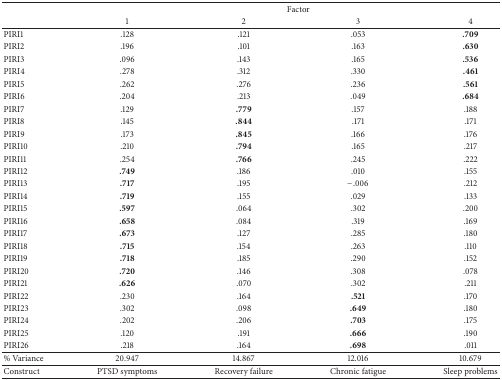
<table><thead><tr><td rowspan="2"><b> </b></td><td colspan="4"><b>Factor</b></td></tr><tr><td><b>1</b></td><td><b>2</b></td><td><b>3</b></td><td><b>4</b></td></tr></thead><tbody><tr><td>PIRI1</td><td>.128</td><td>.121</td><td>.053</td><td><b>.709</b></td></tr><tr><td>PIRI2</td><td>.196</td><td>.101</td><td>.163</td><td><b>.630</b></td></tr><tr><td>PIRI3</td><td>.096</td><td>.143</td><td>.165</td><td><b>.536</b></td></tr><tr><td>PIRI4</td><td>.278</td><td>.312</td><td>.330</td><td><b>.461</b></td></tr><tr><td>PIRI5</td><td>.262</td><td>.276</td><td>.236</td><td><b>.561</b></td></tr><tr><td>PIRI6</td><td>.204</td><td>.213</td><td>.049</td><td><b>.684</b></td></tr><tr><td>PIRI7</td><td>.129</td><td><b>.779</b></td><td>.157</td><td>.188</td></tr><tr><td>PIRI8</td><td>.145</td><td><b>.844</b></td><td>.171</td><td>.171</td></tr><tr><td>PIRI9</td><td>.173</td><td><b>.845</b></td><td>.166</td><td>.176</td></tr><tr><td>PIRI10</td><td>.210</td><td><b>.794</b></td><td>.165</td><td>.217</td></tr><tr><td>PIRI11</td><td>.254</td><td><b>.766</b></td><td>.245</td><td>.222</td></tr><tr><td>PIRI12</td><td><b>.749</b></td><td>.186</td><td>.010</td><td>.155</td></tr><tr><td>PIRI13</td><td><b>.717</b></td><td>.195</td><td>−.006</td><td>.212</td></tr><tr><td>PIRI14</td><td><b>.719</b></td><td>.155</td><td>.029</td><td>.133</td></tr><tr><td>PIRI15</td><td><b>.597</b></td><td>.064</td><td>.302</td><td>.200</td></tr><tr><td>PIRI16</td><td><b>.658</b></td><td>.084</td><td>.319</td><td>.169</td></tr><tr><td>PIRI17</td><td><b>.673</b></td><td>.127</td><td>.285</td><td>.180</td></tr><tr><td>PIRI18</td><td><b>.715</b></td><td>.154</td><td>.263</td><td>.110</td></tr><tr><td>PIRI19</td><td><b>.718</b></td><td>.185</td><td>.290</td><td>.152</td></tr><tr><td>PIRI20</td><td><b>.720</b></td><td>.146</td><td>.308</td><td>.078</td></tr><tr><td>PIRI21</td><td><b>.626</b></td><td>.070</td><td>.302</td><td>.211</td></tr><tr><td>PIRI22</td><td>.230</td><td>.164</td><td><b>.521</b></td><td>.170</td></tr><tr><td>PIRI23</td><td>.302</td><td>.098</td><td><b>.649</b></td><td>.180</td></tr><tr><td>PIRI24</td><td>.202</td><td>.206</td><td><b>.703</b></td><td>.175</td></tr><tr><td>PIRI25</td><td>.120</td><td>.191</td><td><b>.666</b></td><td>.190</td></tr><tr><td>PIRI26</td><td>.218</td><td>.164</td><td><b>.698</b></td><td>.011</td></tr><tr><td>% Variance</td><td>20.947</td><td>14.867</td><td>12.016</td><td>10.679</td></tr><tr><td>Construct</td><td>PTSD symptoms</td><td>Recovery failure</td><td>Chronic fatigue</td><td>Sleep problems</td></tr></tbody></table>